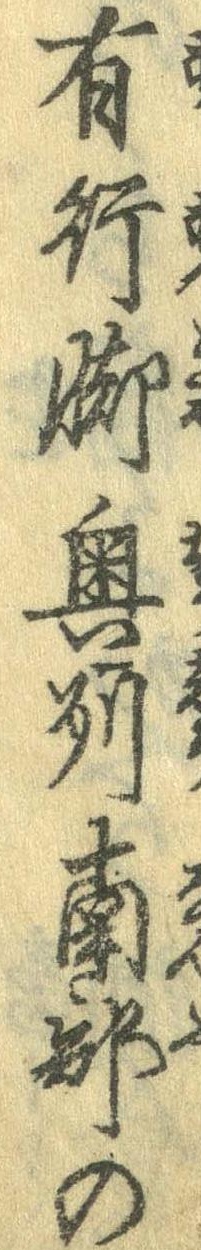
有行脚奥州南部の